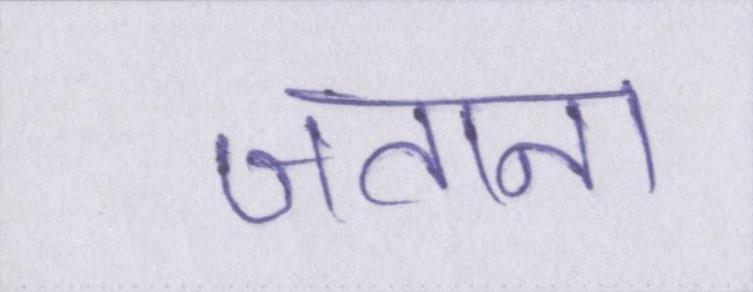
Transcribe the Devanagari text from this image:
जताना